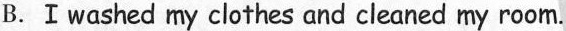
B.Ⅰwashed my clothes and cleaned my room.